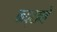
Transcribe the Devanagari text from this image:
कष्‍टाने